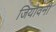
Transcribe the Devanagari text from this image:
जियोवनी